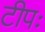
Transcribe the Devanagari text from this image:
टीपः